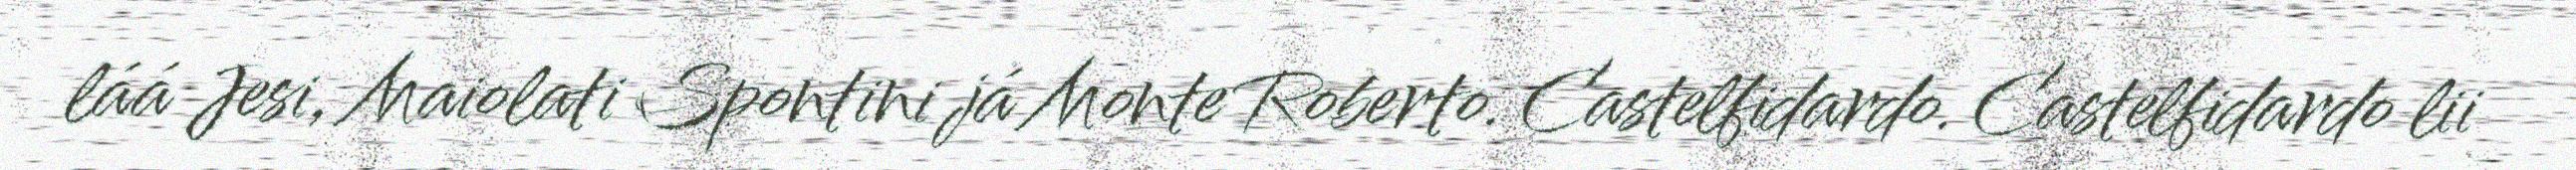
láá Jesi, Maiolati Spontini já Monte Roberto. Castelfidardo. Castelfidardo lii